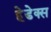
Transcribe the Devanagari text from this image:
हेडेक्स